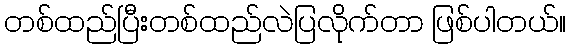
တစ်ထည်ပြီးတစ်ထည်လဲပြလိုက်တာ ဖြစ်ပါတယ်။